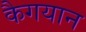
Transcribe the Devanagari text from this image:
कैगयान